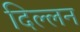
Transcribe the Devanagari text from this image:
दिल्लन